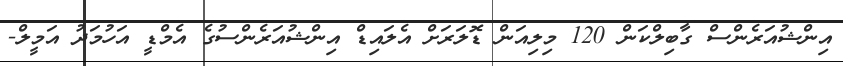
އިންޝުއަރެންސް ގާބިލްކަން 120 މިލިއަން ޑޮލަރަށް އެލައިޑް އިންޝުއަރެންސުގެ އެމްޑީ އަހުމަދު އަމީލް-